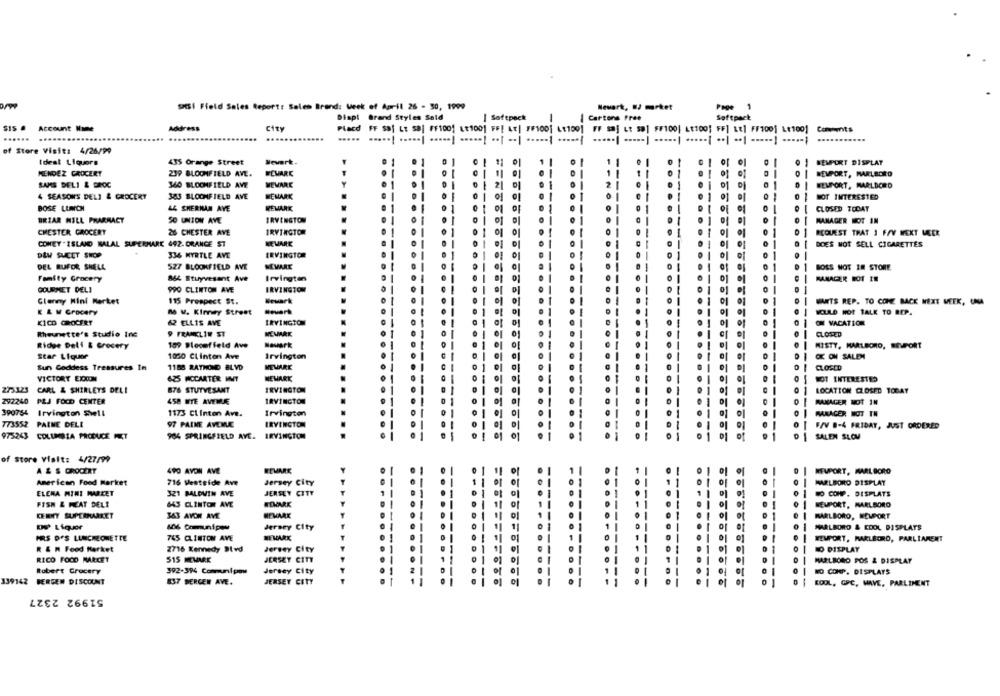
sati Field Sales Report: Sales Brand: Week of April 26 - 30, 1999
Newark, W/ market
Page 1
Displ Brand Styles Seld
| Softpack
| Cartons Free
Softpack
Address
City
Placd FF Sa; LE Sa| FF1001 Lt1001 FF[ LE| FF100; LE1001 FF saj Lt sa1 $F100| Lt100; FF] LE] FF1001 Lt1001 Comments
...... ...
....
..... .....! ..... | ..... | ····· ·· | .. | ...... ..... | ······ ····· ······ ····· ·· | ·· ····· | ·····;
of Store Visit: 4/26/99
Ideal Liquors
435 Orange Street
NEWPORT DISPLAY
MENDEZ GROCERY
239 BLOOMFIELD AVL.
WEMARK
REMPORT, MARLBORO
SAMS DELI & DROC
360 BLOOMFIELD AVE
MEWARE
EEUPORT, MARLBORO
WEMARK
NOT INTERESTED
4 SEASONS DELI & GROCERY
383 BLOOMFIELD AVE
BOSE LUNCH
44 SHERMAN AVE
REMARK
CLOSED TODAY
BRIAR HILL PHARMACY
50 UNION AVE
IRVINGTON
MANAGER NOT IN
CHESTER GROCERY
26 CHESTER AVE
IRVINGTON
REQUEST THAT 1 FFV WEKT MEER
COMEY'ISLAND BALAL SUPERHARE 492. ORANGE ST
NEMARE
DOES NOT SELL CIGARETTES
DEM SUCET SHOP
336 MYRTLE AVE
IRVINGTOR
MEVARE
DEL RUFOR SHELL
527 BLOOMFIELD AVE
BOSS NOT IN STORE
Fomity Grocery
864 Stuyvesant Ave
Irvingten
MANAGER BOT IE
GOURMET DELI
PPO CLINTON AVE
IRVINGTON
Glenny Mini Market
115 Prospect St.
Newark
MARTS REP. TO COME BACK NEXT WEEK, UNA
K & M Grocery
n V. Kinney Street
NELLO HOT TALK TO REP.
K1CD GROCERY
62 ELLIS AVE
IRVINGTON
ON VACATION
Rheunette's Studio Inc
9 FRANKLIN ST
CLOSED
Ridee Delf & Grocery
109 Plocef feld Ave
Newark
MISTY, MARLBORO, EMPORT
Star Liquor
1050 Clinton Ave
Irvington
OK ON SALEM
Sun Goddess Treasures In
1188 RATHOND BLVD
NEWARK
VICTORY EXXON
625 MCCARTER INT
NEWARK
NOT INTERESTED
275323 CARL & SHIRLEYS DELI
876 STUYVESANT
IRVINGTON
LOCATION CLOSED TODAY
292240 PLJ FOCO CENTER
458 MTE AVEME
MANAGER NOT IN
390754 Irvington Shell
1173 Clinton Ave.
Irvington
MANAGER NOT TH
773552 PARME DELL
97 PAINE AVENUE
IRVINGTON
F/V 8-4 FRIDAY, JUST ORDERED
975243 COLUMBIA PRODUCE MIT
904 SPRINGFIELD AVE.
SALEN SLOV
of store Visit: 4/27/99
A & S GROCERY
490 AVON AVE
REMARK
HEUPORT, MARLBORO
American Food Market
716 Westside Ave
Jersey City
MARLBORO DISPLAY
ELENA MINI MARKET
321 BALDWIN AVE
JERSEY CITY
0
NO COMP. DISPLATS
FISH & HEAT DELE
643 CLINTON AVE
HEUPORT, MARLBORO
KEINCY SUPERMARKET
363 AVON AVE
REMARK
MARLBORO, NEWPORT
DNS Liquor
106 Comunipeu
Jersey City
MARLBORO & EDOL DISPLATS
RE MARK
HRS DFS LUNCHEONETTE
745 CLINTON AVE
WLMPORT, MARLBORO, PARLIAMENT
R & M Food Market
2716 Kennedy Blvd
Jersey City
O DISPLAY
RICO FOOD MARCET
515 MEMARK
JERSEY CITY
MARLBORO POS & DISPLAY
Robert Grocery
392-394 Communipow
Jersey City
E CORP. DISPLAYS
339142
BERGEN DISCOUNT
837 BERGEN AVE.
JERSEY CITY
KOOL, GPC, MAVE, PARLIMENT
51992 2327